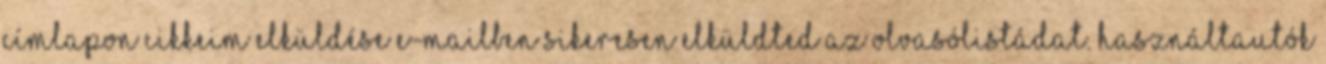
címlapon Cikkeim elküldése e-mailben Sikeresen elküldted az olvasólistádat. HASZNÁLTAUTÓK